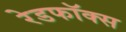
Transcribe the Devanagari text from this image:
रेडफॉक्स